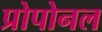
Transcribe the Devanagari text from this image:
प्रोपोनल